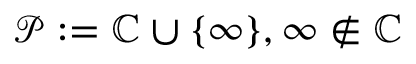
{ \mathcal { P } } : = \mathbb { C } \cup \{ \infty \} , \infty \notin \mathbb { C }